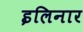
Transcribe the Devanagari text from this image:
इलिनार